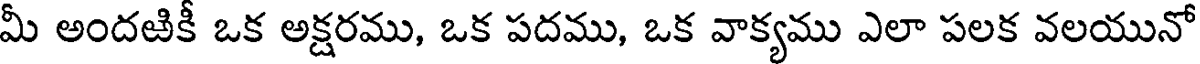
మీ అందఱికీ ఒక అక్షరము, ఒక పదము, ఒక వాక్యము ఎలా పలక వలయునో